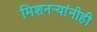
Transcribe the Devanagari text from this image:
मिशनर्‍यांनीही